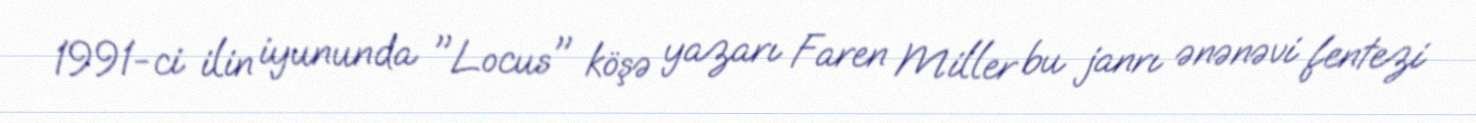
1991-ci ilin iyununda "Locus" köşə yazarı Faren Miller bu janrı ənənəvi fentezi